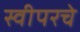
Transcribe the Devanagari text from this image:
स्वीपरचे